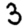
Digit: 3